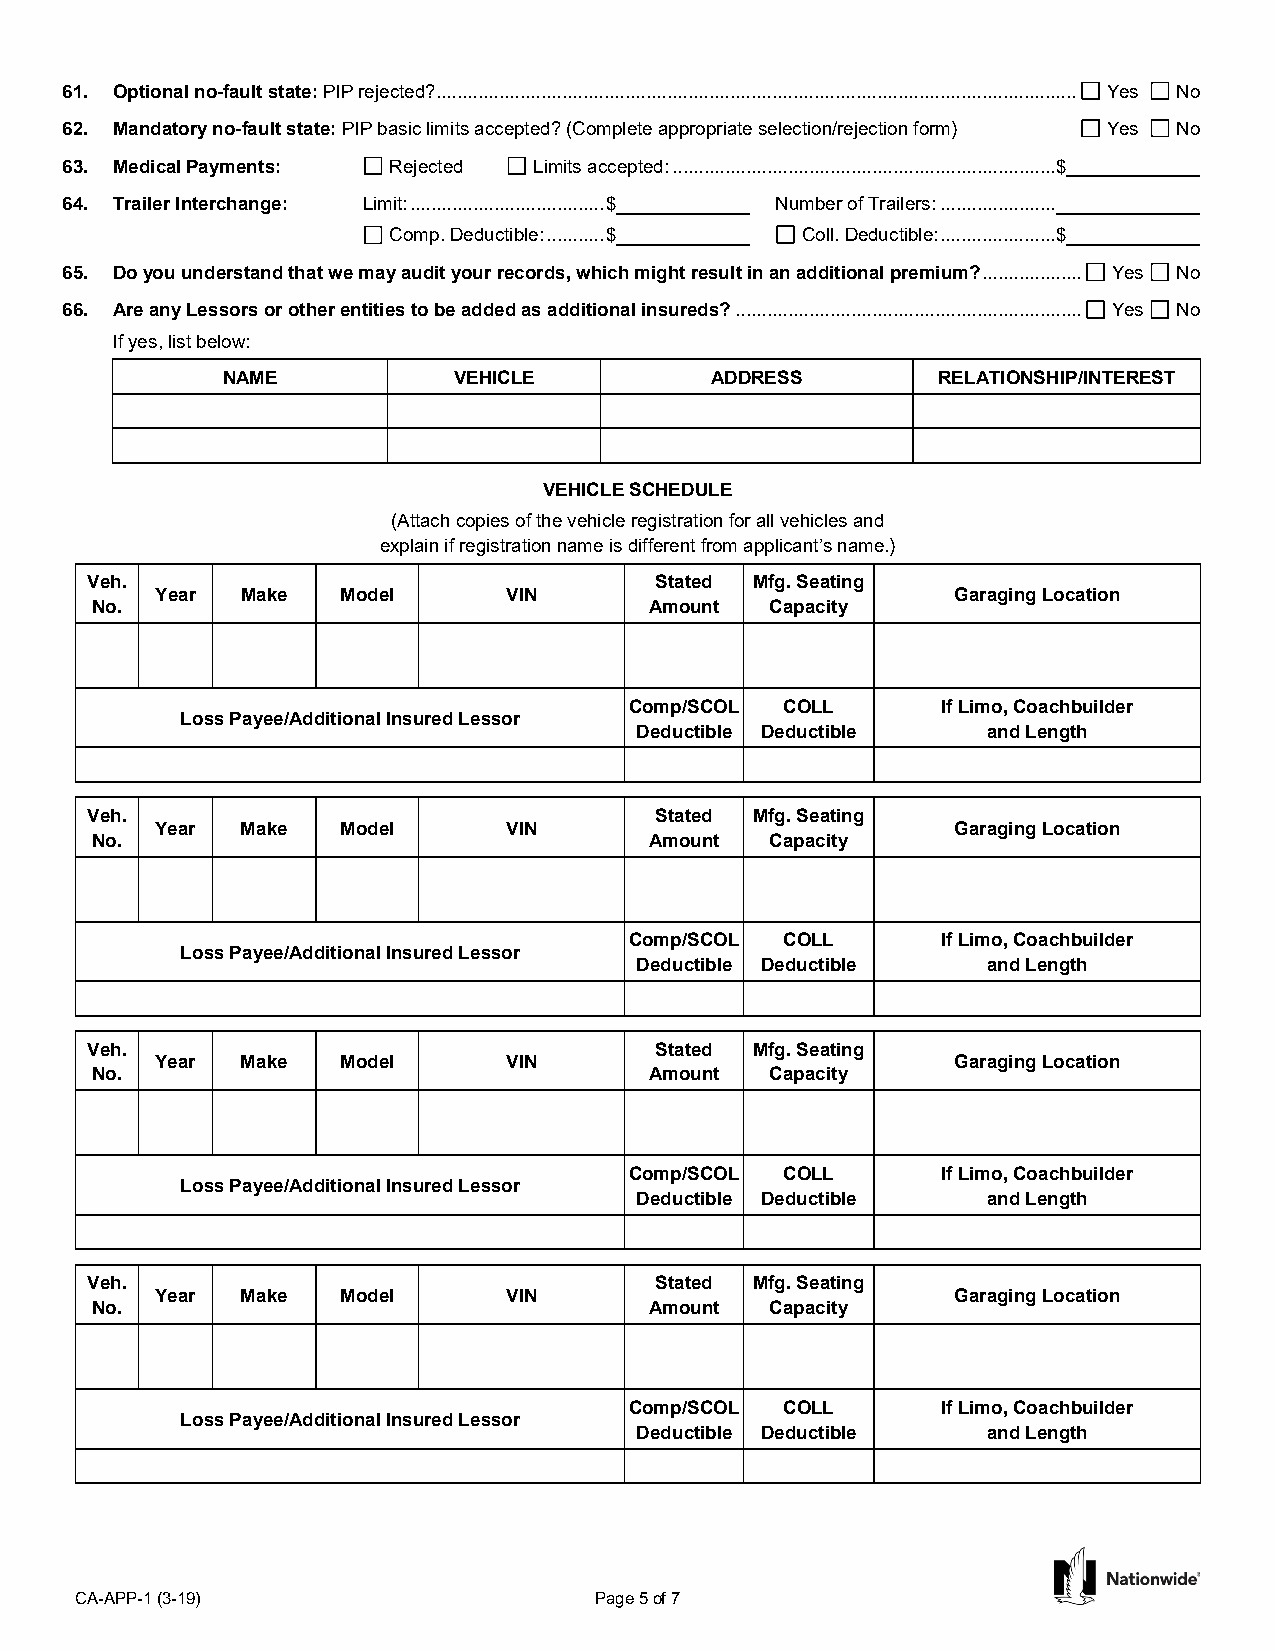
61. Optional no-fault state: PIP rejected? .......................................................................................................................... Yes No
 62. Mandatory no-fault state: PIP basic limits accepted? (Complete appropriate selection/rejection form) Yes No
 63. Medical Payments: Rejected Limits accepted: ......................................................................... $
 64. Trailer Interchange: Limit: ..................................... $ Number of Trailers: ......................
 Comp. Deductible: ........... $ Coll. Deductible: ...................... $
 65. Do you understand that we may audit your records, which might result in an additional premium? ................... Yes No
 66. Are any Lessors or other entities to be added as additional insureds? .................................................................. Yes No
 If yes, list below:
 NAME           VEHICLE          ADDRESS        RELATIONSHIP/INTEREST
 VEHICLE SCHEDULE
 (Attach copies of the vehicle registration for all vehicles and
 explain if registration name is different from applicant’s name.)
 Veh.                                 Stated Mfg. Seating
 Year  Make   Model      VIN                          Garaging Location
 No.                                  Amount  Capacity
 Comp/SCOL COLL      If Limo, Coachbuilder
 Loss Payee/Additional Insured Lessor
 Deductible Deductible  and Length
 Veh.                                 Stated Mfg. Seating
 Year  Make   Model      VIN                          Garaging Location
 No.                                  Amount  Capacity
 Comp/SCOL COLL      If Limo, Coachbuilder
 Loss Payee/Additional Insured Lessor
 Deductible Deductible  and Length
 Veh.                                 Stated Mfg. Seating
 Year  Make   Model      VIN                          Garaging Location
 No.                                  Amount  Capacity
 Comp/SCOL COLL      If Limo, Coachbuilder
 Loss Payee/Additional Insured Lessor
 Deductible Deductible  and Length
 Veh.                                 Stated Mfg. Seating
 Year  Make   Model      VIN                          Garaging Location
 No.                                  Amount  Capacity
 Comp/SCOL COLL      If Limo, Coachbuilder
 Loss Payee/Additional Insured Lessor
 Deductible Deductible  and Length
 CA-APP-1 (3-19)                   Page 5 of 7